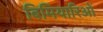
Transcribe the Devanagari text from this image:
बिमियारिओं